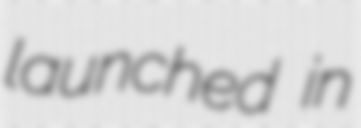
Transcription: launched in